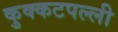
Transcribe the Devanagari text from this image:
कुक्कटपल्ली